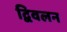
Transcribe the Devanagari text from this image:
द्विवलन